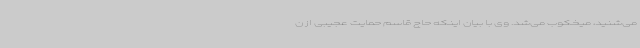
می‌شنید، میخکوب می‌شد. وی با بیان اینکه حاج قاسم حمایت عجیبی از ن